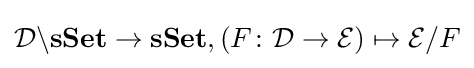
{\mathcal {D}}\backslash \mathbf {sSet} \rightarrow \mathbf {sSet} ,(F\colon {\mathcal {D}}\rightarrow {\mathcal {E}})\mapsto {\mathcal {E}}/F